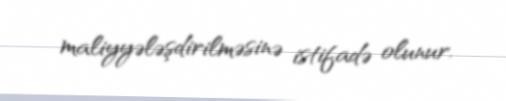
maliyyələşdirilməsinə istifadə olunur.